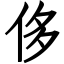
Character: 侈